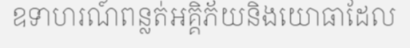
ឧទាហរណ៍ពន្លត់អគ្គិភ័យនិងយោធាដែល